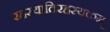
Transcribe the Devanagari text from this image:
रहस्यातिरहस्यकम्